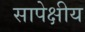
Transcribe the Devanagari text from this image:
सापेक्षीय